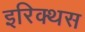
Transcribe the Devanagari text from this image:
इरिक्थस